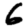
Digit: 6